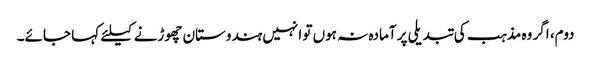
دوم، اگر وہ مذہب کی تبدیلی پر آمادہ نہ ہوں تو انہیں ہندوستان چھوڑنے کیلئے کہا جائے۔